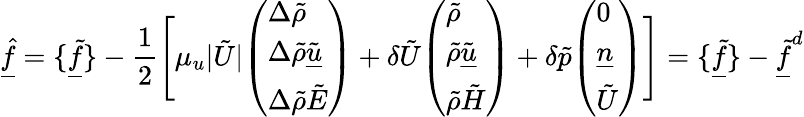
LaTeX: \underline{{\hat{f}}}=\{ \underline{{\tilde{f}}}\} -\frac{1}{2}\Bigg[\mu_{u}|\tilde{U}|\begin{array}{l}{\left(\begin{array}{l}{\Delta\tilde{\rho}}\\ {\Delta\tilde{\rho}\tilde{\underline{{u}}}}\\ {\Delta\tilde{\rho}\tilde{E}}\end{array}\right)}\end{array}+\delta\tilde{U}\begin{array}{l}{\left(\begin{array}{l}{\tilde{\rho}}\\ {\tilde{\rho}\tilde{\underline{{u}}}}\\ {\tilde{\rho}\tilde{H}}\end{array}\right)}\end{array}+\delta\tilde{p}\begin{array}{l}{\left(\begin{array}{l}{0}\\ {\underline{{n}}}\\ {\tilde{U}}\end{array}\right)}\end{array}\Bigg]=\{ \underline{{\tilde{f}}}\} -\underline{{\tilde{f}}}^{d}